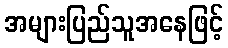
အများပြည်သူအနေဖြင့်